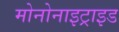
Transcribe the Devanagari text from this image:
मोनोनाइट्राइड